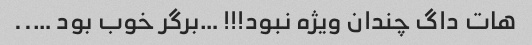
هات داگ چندان ویژه نبود!!! …برگر خوب بود …..